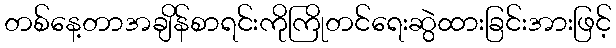
တစ်နေ့တာအချိန်စာရင်းကိုကြိုတင်ရေးဆွဲထားခြင်းအားဖြင့်